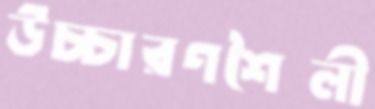
উচ্চারণশৈলী